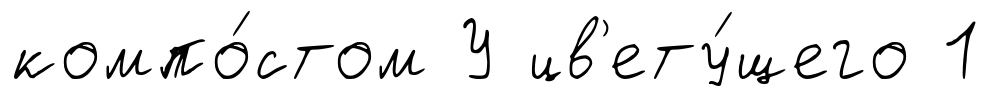
компо́стом У цв'ету́щего 1